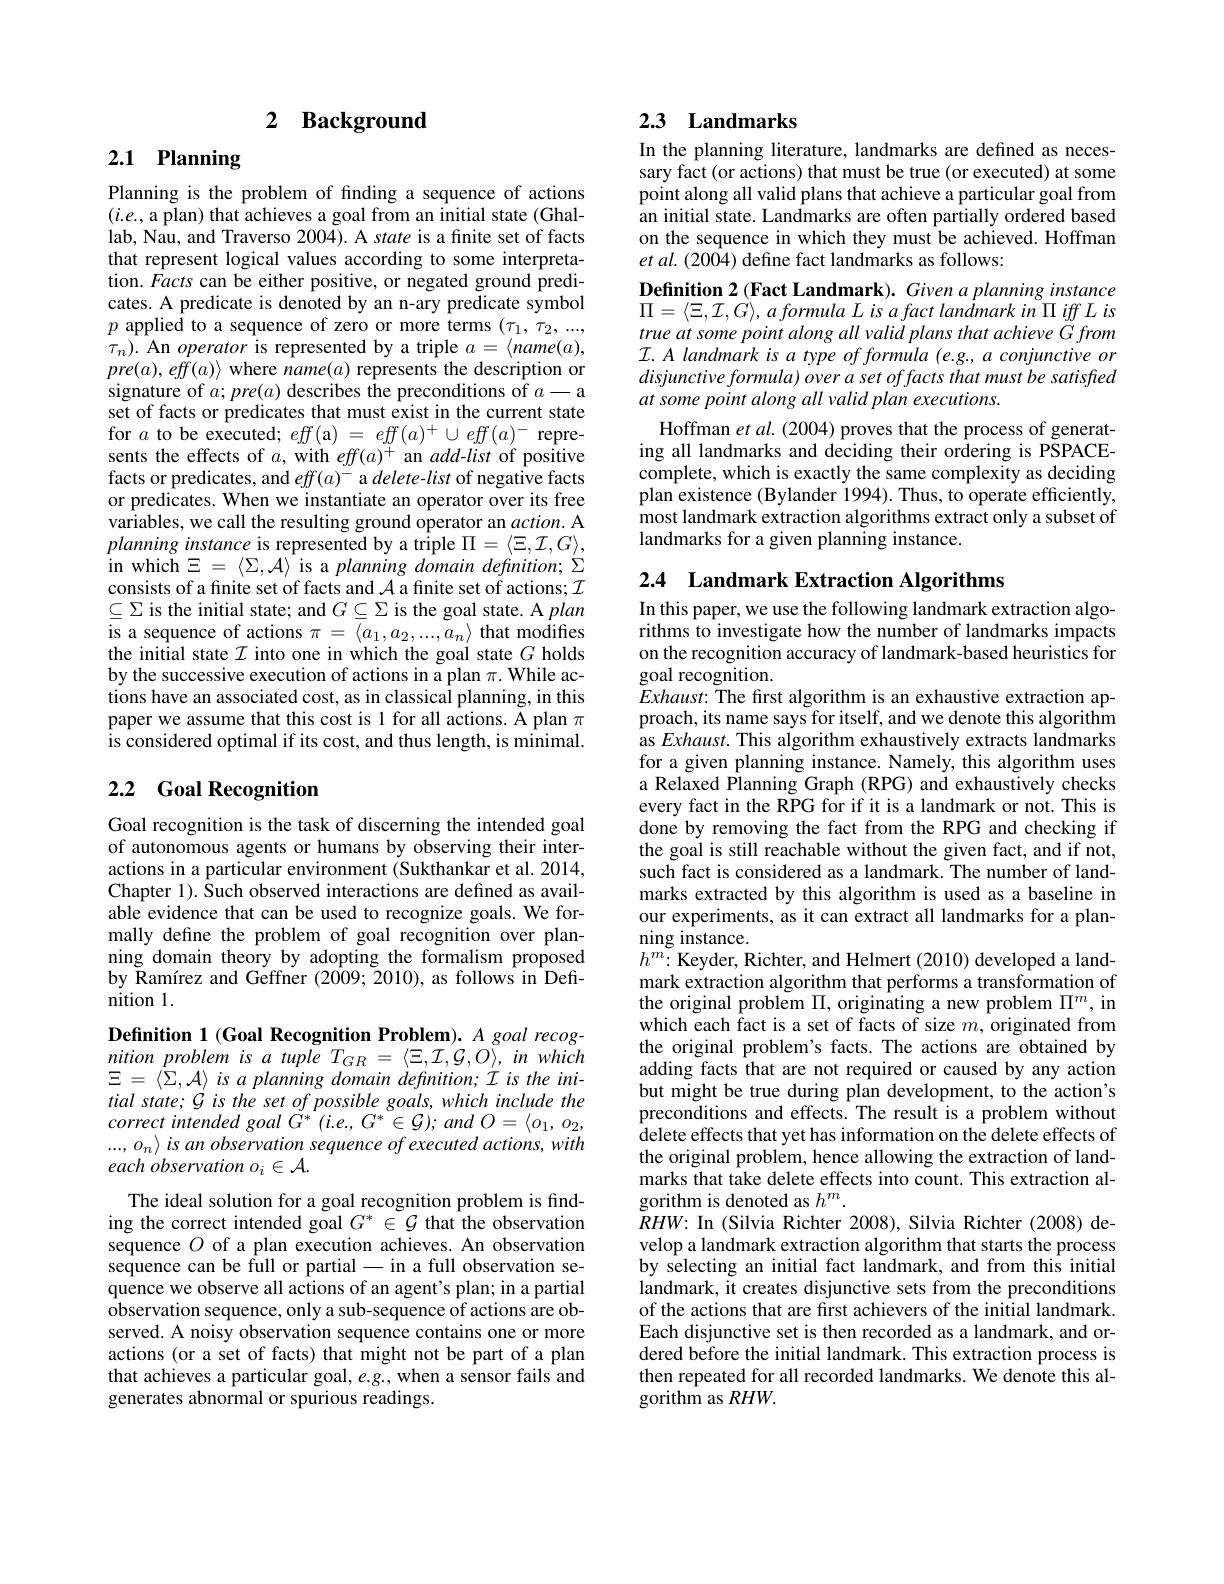
# 2 Background

# 2.1 Planning

Planning is the problem of finding a sequence of actions $(i.e.$, a plan) that achieves a goal from an initial state (Ghallab, Nau, and Traverso $200\tilde{4}).$ A state is a finite set of facts that represent logical values according to some interpretation. Facts can be either positive, or negated ground predicates. A predicate is denoted by an n-ary predicate symbol $p$ applied to a sequence of zero or more terms $(\tau_1,\tau_2,...$, $\tau_{n}).$ An operator is represented by a triple $a=\langle name(a)$, $pre(a),eff(a)\rangle$ where $name(a)$ represents the description or signature of $a;pre(a)$ describes the preconditions of $a-$a set of facts or predicates that must exist in the current state for $a$ to be executed; $eff($a) = $eff(a)^+\cup eff(a)^-$ represents the effects of $a$, with $eff(a)^+$ an $add-list$ of positive facts or predicates, and $eff(a)^-$ a delete-list of negative facts or predicates. When we instantiate an operator over its free variables, we call the resulting ground operator an action. A planning instance is represented by a triple $\Pi=\langle\Xi,\mathcal{I},G\rangle$, in which $\Xi=\langle\Sigma,\mathcal{A}\rangle$ is a planning domain definition; $\Sigma$ consists of a finite set of facts and $\mathcal{A}$ a finite set of actions; $\mathcal{I}$ $\subseteq\Sigma$ is the initial state; and $G\subseteq\Sigma$ is the goal state. A plan is a sequence of actions $\pi=\langle a_1,a_2,...,a_n\rangle$ that modifies the initial state $\mathcal{I}$ into one in which the goal state $G$ holds by the successive execution of actions in a plan $\pi.$ While actions have an associated cost, as in classical planning, in this paper we assume that this cost is 1 for all actions. A plan $\pi$ is considered optimal if its cost, and thus length, is minimal.

## 2.2 Goal Recognition

Goal recognition is the task of discerning the intended goal of autonomous agents or humans by observing their interactions in a particular environment (Sukthankar et al. 2014, Chapter 1). Such observed interactions are defined as available evidence that can be used to recognize goals. We formally define the problem of goal recognition over planning domain theory by adopting the formalism proposed by Kamírez and Geffner (2009;2010), as follows in Definition 1.

Definition 1 (Goal Recognition Problem). A goal recog- $nitionproblemisatupleT_{GR}=\langle\Xi,\mathcal{I},\mathcal{G},\bar{O}\rangle,inwhich$ $\Xi$ = $\langle \Sigma , \mathcal{A} \rangle$ $is$ $a$ planning domain $definition;$ $\dot{I}$ $is$ the $ini-$ tial state; G is the set of possible goals, which include the correct intended goal $G^{* }$ $( i. e$, $G^{* }\in \mathcal{G} ) ;$ and $O= \langle o_{1}$, $o_{2}$, $...,o_{n}\rangle$ is an observation sequence of executed actions, with each observation oi A.

The ideal solution for a goal recognition problem is finding the correct intended goal $G^*\in\mathcal{G}$ that the observation sequence $O$ of a plan execution achieves. An observation sequence can be full or partial - in a full observation sequence we observe all actions of an agent's plan; in a partial $\hat{\text{observation sequence, only a sub-sequence of actions are ob-}}$ served. A noisy observation sequence contains one or more actions (or a set of facts) that might not be part of a plan that achieves a particular goal, $e.g.$, when a sensor fails and generates abnormal or spurious readings.

## 2.3 Landmarks

In the planning literature, landmarks are defined as necessary fact (or actions) that must be true (or executed) at some point along all valid plans that achieve a particular goal from an initial state. Landmarks are often partially ordered based on the sequence in which they must be achieved. Hoffman et al. (2004) define fact landmarks as follows:
Definition 2 (Fact Landmark). Given a planning instance $\Pi = \langle \Xi , \mathcal{I} , G\rangle , a\textit{formula Lis afact landmark in }\Pi iffLis$ true at some point along all valid plans that achieve G from $\mathcal{I} . A\textit{landmark is a type of formula ( e. g. , a conjunctive or}$ disjunctive formula) over a set offacts that must be satisfted at some point along all valid plan executions.
Hoffman et al. (2004) proves that the process of generating all landmarks and deciding their ordering is PSPACEcomplete, which is exactly the same complexity as deciding plan existence (Bylander 1994). Thus, to operate efficiently, most landmark extraction algorithms extract only a subset of landmarks for a given planning instance.

2.4 Landmark Extraction Algorithms

In this paper, we use the following landmark extraction algorithms to investigate how the number of landmarks impacts on the recognition accuracy of landmark-based heuristics for goal recognition.
$Exhaust:$ The first algorithm is an exhaustive extraction approach, its name says for itself, and we denote this algorithm as Exhaust. This algorithm exhaustively extracts landmarks for a given planning instance. Namely, this algorithm uses a Relaxed Planning Graph (RPG) and exhaustively checks every fact in the RPG for if it is a landmark or not. This is done by removing the fact from the RPG and checking if the goal is still reachable without the given fact, and if not, such fact is considered as a landmark. The number of landmarks extracted by this algorithm is used as a baseline in our experiments, as it can extract all landmarks for a planning instance.
$h^{m}{:}$Keyder, Richter, and Helmert (2010) developed a landmark extraction algorithm that performs a transformation of the original problem $\Pi $,originating a new problem$\Pi ^m$, in which each fact is a set of facts of size $m$, originated from the original problem's facts. The actions are obtained by adding facts that are not required or caused by any action but might be true during plan development, to the action's preconditions and effects. The result is a problem without delete effects that yet has information on the delete effects of the original problem, hence allowing the extraction of landmarks that take delete effects into count. This extraction algorithm is denoted as $h^m.$
$RHW{:}$ In (Silvia Richter 2008), Silvia Richter (2008) develop a landmark extraction algorithm that starts the process by selecting an initial fact landmark, and from this initial landmark, it creates disjunctive sets from the preconditions of the actions that are first achievers of the initial landmark. Each disjunctive set is then recorded as a landmark, and ordered before the initial landmark. This extraction process is then repeated for all recorded landmarks. We denote this algorithm as $RHW.$